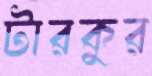
টারকুর